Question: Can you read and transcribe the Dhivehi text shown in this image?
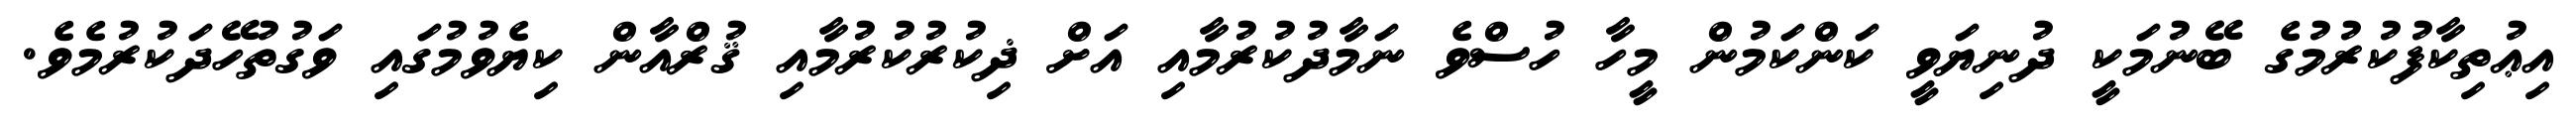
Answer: އިޢުތިކާފުކުރުމުގެ ބޭނުމަކީ ދުނިޔަވީ ކަންކަމުން މީހާ ހުސްވެ ނަމާދުކުރުމާއި އަށް ޛިކުރުކުރުމާއި ޤުރްއާން ކިޔެވުމުގައި ވަގުތުހޭދަކުރުމެވެ.